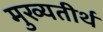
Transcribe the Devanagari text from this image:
मुख्यतीर्थ